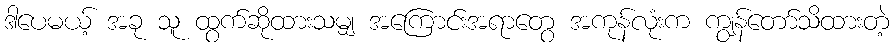
ဒါပေမယ့် အခု သူ ထွက်ဆိုထားသမျှ အကြောင်းအရာတွေ အကုန်လုံးက ကျွန်တော်သိထားတဲ့